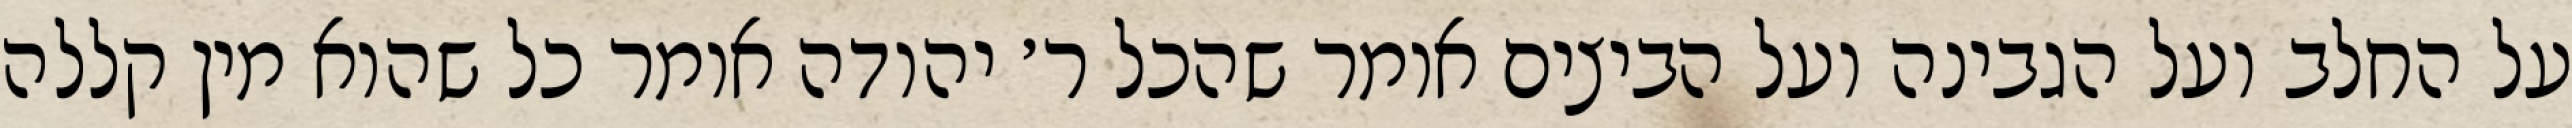
על החלב ועל הגבינה ועל הביצים אומר שהכל ר׳ יהודה אומר כל שהוא מין קללה